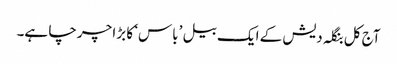
آج کل بنگلہ دیش کے ایک بیل ’باس‘ کا بڑا چرچا ہے۔